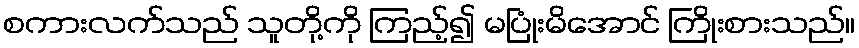
စကားလက်သည် သူတို့ကို ကြည့်၍ မပြုံးမိအောင် ကြိုးစားသည်။